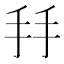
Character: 𢪒